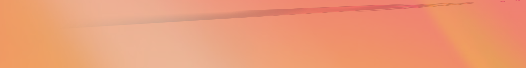
خدمات التنظيف المنزلية وا